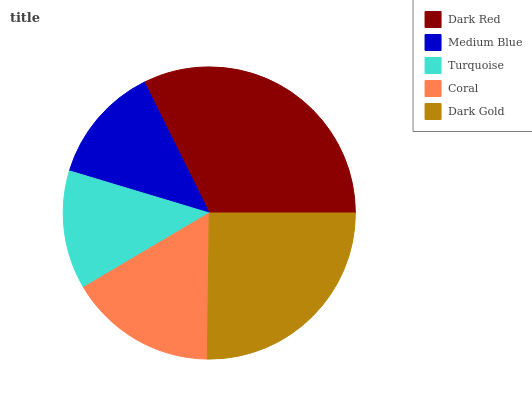
| Dark Red | Medium Blue | Turquoise | Coral | Dark Gold |
 | --- | --- | --- | --- | --- |
 | 32.4% | 13% | 13.2% | 16.3% | 25.2% |